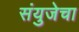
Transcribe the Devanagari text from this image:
संयुजेचा